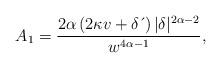
LaTeX: \begin{align*}A_{1}=\frac{2\alpha \left( 2\kappa v+\delta \,\acute{}\, \right) |\delta|^{2\alpha-2}}{w^{4\alpha-1}}, \end{align*}